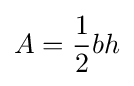
A={\frac {1}{2}}bh\,\!